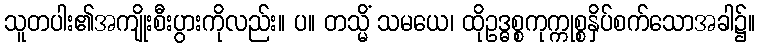
သူတပါး၏အကျိုးစီးပွားကိုလည်း။ ပ။ တသ္မိံ သမယေ၊ ထိုဥဒ္ဓစ္စကုက္ကုစ္စနှိပ်စက်သောအခါ၌။